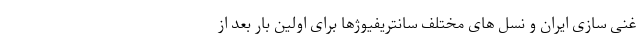
غنی سازی ایران و نسل های مختلف سانتریفیوژها برای اولین بار بعد از